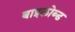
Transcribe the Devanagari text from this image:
बाइलोब्ड